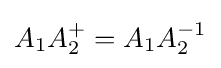
A_{1}A_{2}^{+}=A_{1}A_{2}^{-1}